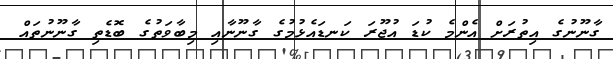
ގާނޫނުގެ އިތުރަށް އެންމެ ކުޑަ އުޖޫރަ ކަނޑައެޅުމުގެ ގާނޫނާއި މިބާވަތުގެ ބޮޑެތި ގާނޫނުތައް